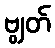
ဗျွတ်